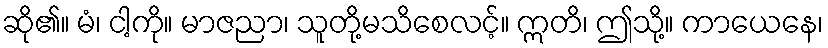
ဆို၏။ မံ၊ ငါ့ကို။ မာဇညာ၊ သူတို့မသိစေလင့်။ ဣတိ၊ ဤသို့။ ကာယေနေ၊